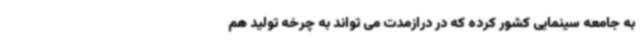
به جامعه سینمایی کشور کرده که در درازمدت می تواند به چرخه تولید هم